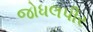
જોધલપીર